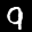
Label: 9